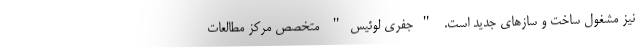
نیز مشغول ساخت و سازهای جدید است. "جفری لوئیس" متخصص مرکز مطالعات